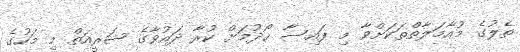
ތެލުގެ މުއާމަލާތްތަކަށްވާ މި ފައިސާ ހޯދުމަށް ކުރާ ދައުވާގެ ޝަރީއަތް މި މަހުގެ